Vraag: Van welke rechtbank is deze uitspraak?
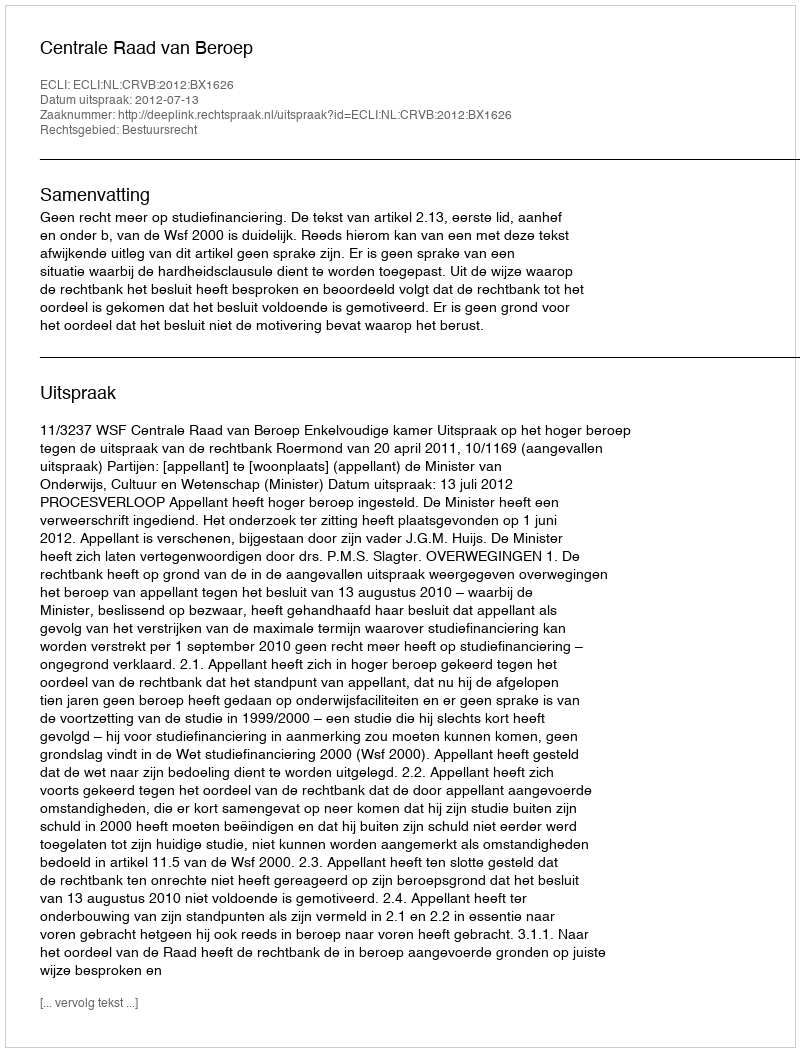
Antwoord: Centrale Raad van Beroep